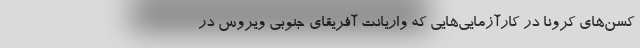
کسن‌های کرونا در کارآزمایی‌هایی که واریانت آفریقای جنوبی ویروس در